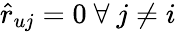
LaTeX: \hat{r}_{uj}=0\ \forall\ j\neq i